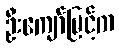
ဦးကျော်မြင့်က